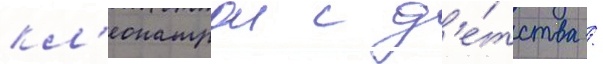
кл'еопатрои с д'е́тства /